Civil Veterinary Dept. North-West Frontier Province 1933-46 - 1933-1946
Year: 1933
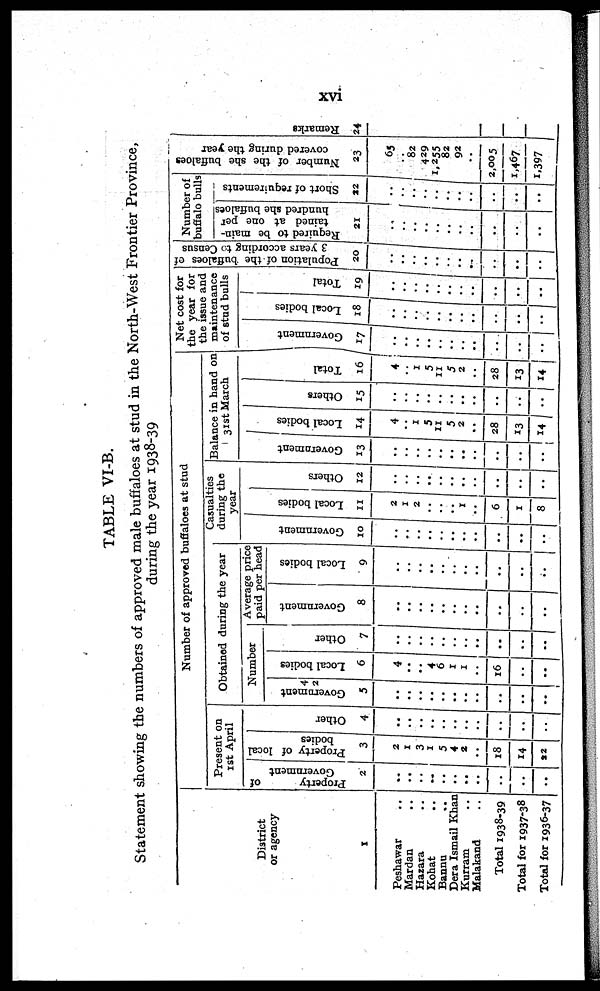
xvi
TABLE VI-B.
Statement showing the numbers of approved male buffaloes at stud in the North-West Frontier Province,
during the year 1938-39
District
or agency
1
Peshawar ..
Mardan ..
Hazara ..
Kohat ..
Bannu ..
Dera Ismail Khan
Kurram ..
Malakand ..
Total 1938-39
Total for 1937-38
Total for 1936-37
Number of approved buffaloes at stud
Present on
1st April
Property
of
Government
2
..
..
..
..
..
..
..
..
..
..
..
Property of local
bodies
3
2
1
3
1
5
4
2
..
18
14
22
Other
4
..
..
..
..
..
..
..
..
..
..
..
Obtained during the year
Number
Government
5
..
..
..
..
..
..
..
..
..
..
..
Local bodies
6
4
..
..
4
6
1
1
..
16
..
..
Other
7
..
..
..
..
..
..
..
..
..
..
..
Average price
paid per head
Government
8
..
..
..
..
..
..
..
..
..
..
..
Local bodies
9
..
..
..
..
..
..
..
..
..
..
..
Casualties
during the
year
Go v e r
n me n t
10
..
..
..
..
..
..
..
..
..
..
..
Local bodi es
11
2
1
2
..
..
..
1
..
6
1
8
Ot her s
12
..
..
..
..
..
..
..
..
..
..
..
Balance in hand on
31st March
Go v e r
n me n t
13
..
..
..
..
..
..
..
..
..
..
..
Local bodi es
14
4
..
1
5
11
5
2
..
28
13
14
Ot her s
15
..
..
..
..
..
..
..
..
..
..
..
Tot al
16
4
..
1
5
11
5
2
..
28
13
14
Net cost for
the year for
the issue and
maintenance
of stud bulls
Go v e r
n me n t
17
..
..
..
..
..
..
..
..
..
..
..
Local bodi es
18
..
..
..
..
..
..
..
..
..
..
..
Tot al
19
..
..
..
..
..
..
..
..
..
..
..
Population of the buffaloes of
3 years according to Census
20
..
..
..
..
..
..
..
..
..
..
..
Number of
buffalo bulls
Required to be main-
tained at one per
hundred she buffaloes
21
..
..
..
..
..
..
..
..
..
..
..
Shor t of r equi r ement
22
..
..
..
..
..
..
..
..
..
..
..
Number of the she buffaloes
covered during the year
23
65
..
82
429
1,255
82
92
..
2,005
1,467
1,397
Remarks
24